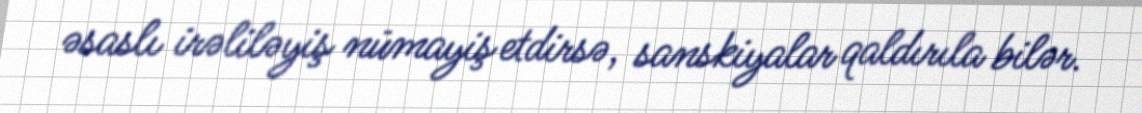
əsaslı irəliləyiş nümayiş etdirsə, sanskiyalar qaldırıla bilər.